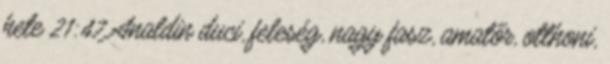
hete 21:47 Analdin duci, feleség, nagy fasz, amatőr, otthoni,